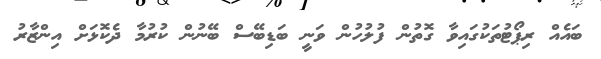
ބައެއް ރިޕޯޓުތަކުގައިވާ ގޮތުން ފުލުހުން ވަނީ ބަޑިބޭސް ބޭނުން ކުރުމާ ދެކޮޅަށް އިންޒާރު